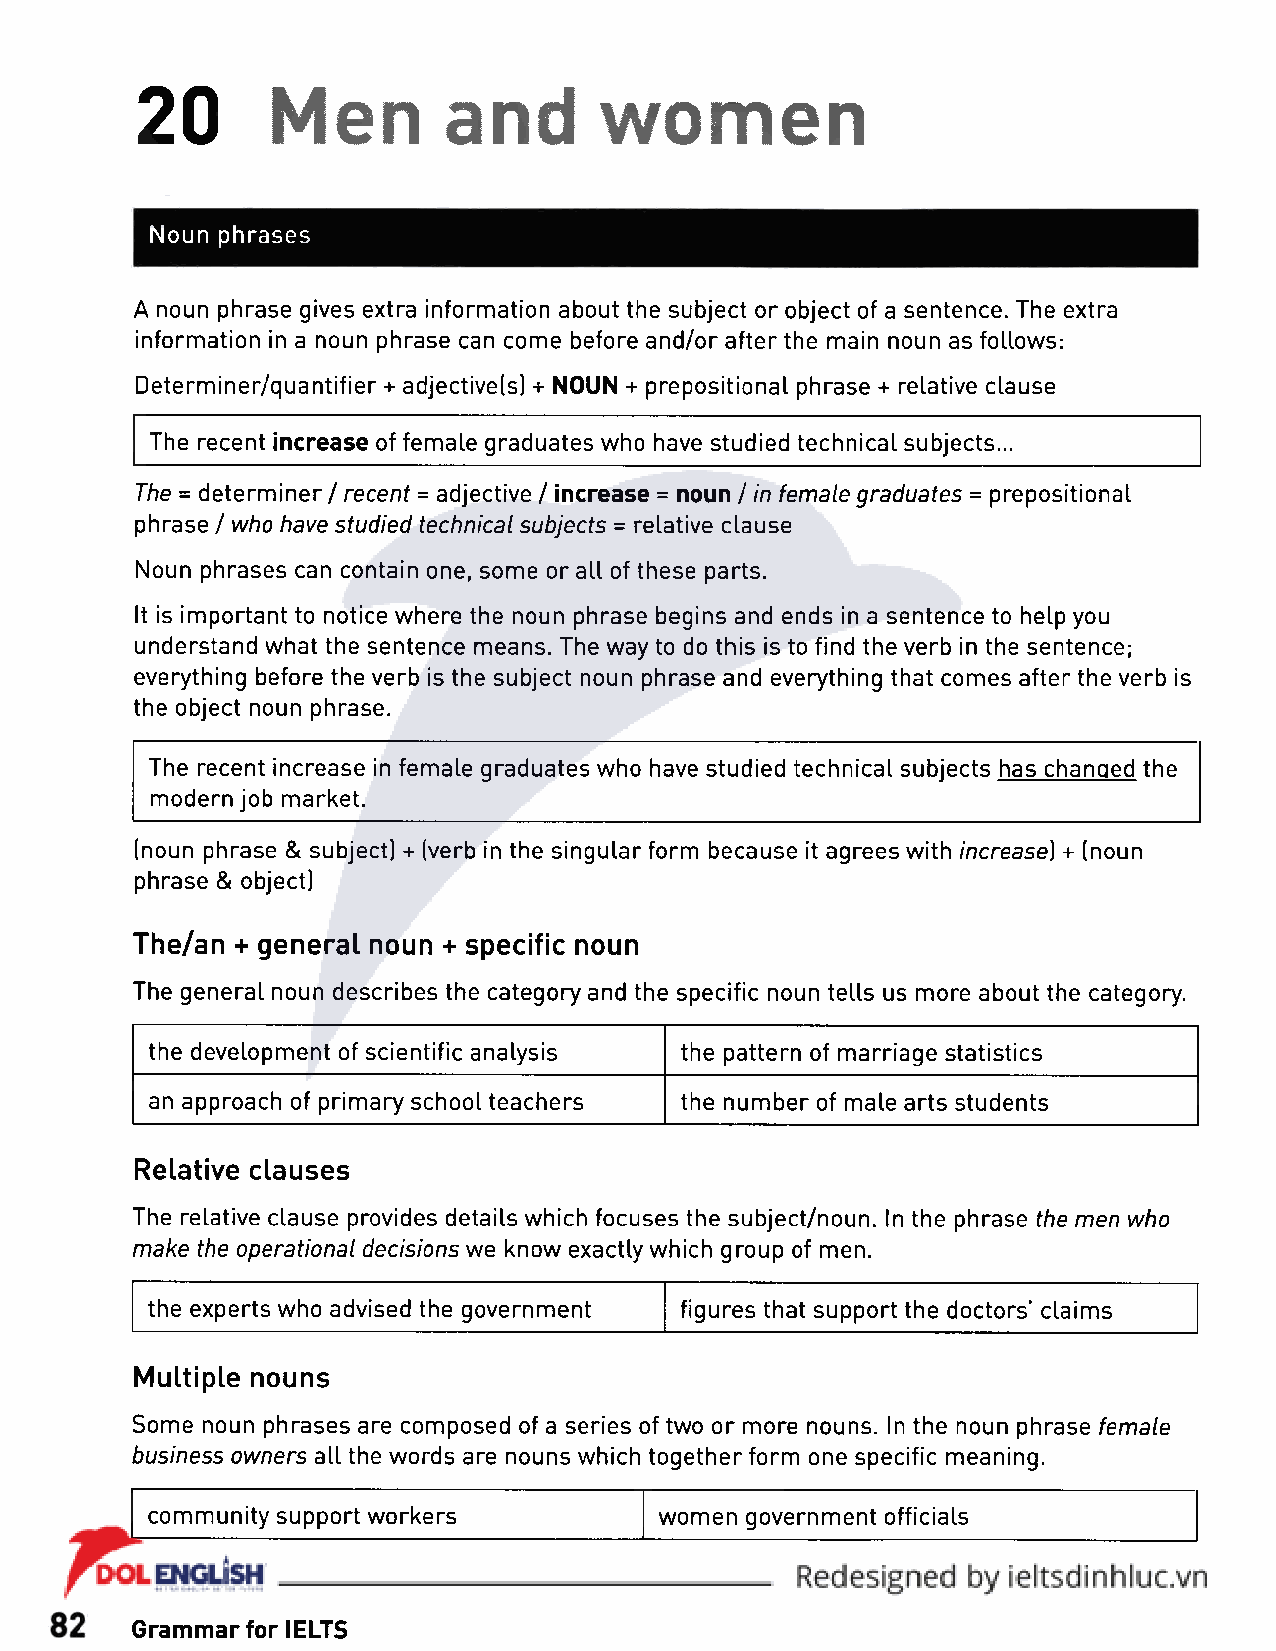
20       Men         and       women
 Noun phrases
 A noun phrase gives extra information about the subject or object of a sentence. The extra
 information in a noun phrase can come before and/or after the main noun as follows:
 Determiner/quantifier + adjective(s) + NOUN + prepositional phrase + relative clause
 The recent increase of female graduates who have studied technical subjects...
 The = determiner / recent = adjective / increase = noun / in female graduates = prepositional
 phrase / who have studied technical subjects = relative clause
 Noun phrases can contain one, some or all of these parts.
 It is important to notice where the noun phrase begins and ends in a sentence to help you
 understand what the sentence means. The way to do this is to find the verb in the sentence;
 everything before the verb is the subject noun phrase and everything that comes after the verb is
 the object noun phrase.
 The recent increase in female graduates who have studied technical subjects has changed the
 modern job market.
 (noun phrase & subject) + (verb in the singular form because it agrees with increase) + (noun
 phrase & object]
 The/an + general noun + specific noun
 The general noun describes the category and the specific noun tells us more about the category.
 the development of scientific analysis the pattern of marriage statistics
 an approach of primary school teachers the number of male arts students
 Relative clauses
 The relative clause provides details which focuses the subject/noun. In the phrase the men who
 make the operational decisions we know exactly which group of men.
 the experts who advised the government figures that support the doctors’ claims
 Multiple nouns
 Some noun phrases are composed of a series of two or more nouns. In the noun phrase female
 business owners all the words are nouns which together form one specific meaning.
 community support workers         women government officials
 Grammar for IELTS